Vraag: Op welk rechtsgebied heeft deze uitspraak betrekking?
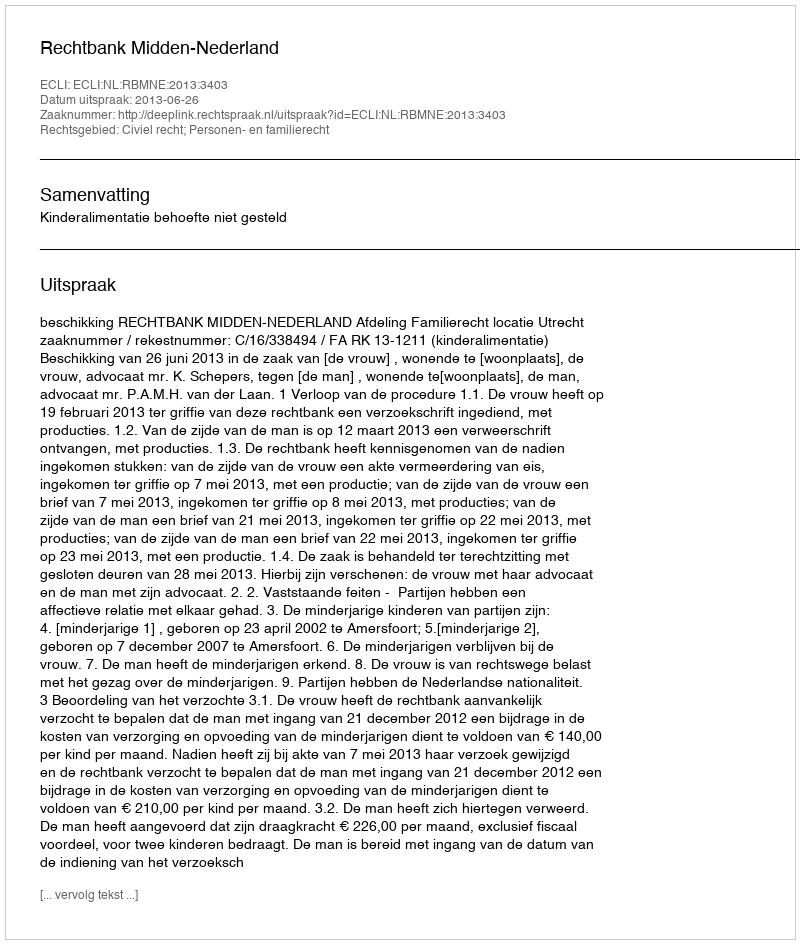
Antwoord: Civiel recht; Personen- en familierecht